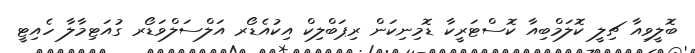
ބޮލީވިއާ ޗިލީ ކޮލަމްބިއާ ކޮސްޓަރީކާ ޑޮމިނިކަން ރިޕަބްލިކް އިކުއެޑޯރ އަލްސަލްވަޑޯރ ގުއަޓިމާލާ ހެއިޓީ